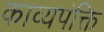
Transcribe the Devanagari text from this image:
काव्यपंक्ति